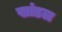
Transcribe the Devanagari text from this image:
खांडल